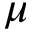
\mu